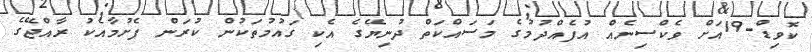
ކޮވިޑް-19އަށް ވެކްސިނެއް އުފެއްދުމުގެ މަސައްކަތް ދުނިޔޭގެ އެކި ގައުމުތަކުން ކުރަން ފެށުމާއެކު ރާއްޖޭގެ